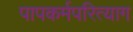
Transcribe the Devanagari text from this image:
पापकर्मपरित्याग